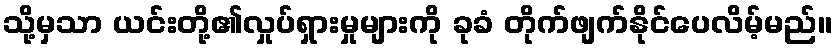
သို့မှသာ ယင်းတို့၏လှုပ်ရှားမှုများကို ခုခံ တိုက်ဖျက်နိုင်ပေလိမ့်မည်။